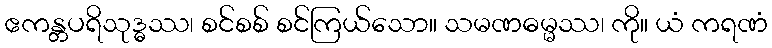
ဧကန္တပရိသုဒ္ဓဿ၊ စင်စစ် စင်ကြယ်သော။ သမဏဓမ္မဿ၊ ကို။ ယံ ကရဏံ